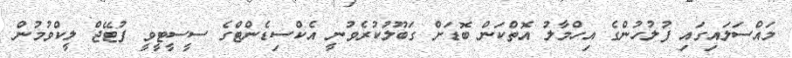
މައްސަލައިގައި ފުލުހުންގެ އިހްމާލު އޮތްކަން ބޮޑަށް ގަބޫލުކުރެވުނީ އެކްސިޑެންޓްގެ ސީސީޓީވީ ފުޓޭޖް ލީކްވުމުން